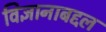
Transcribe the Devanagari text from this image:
विज्ञानाबद्दल